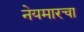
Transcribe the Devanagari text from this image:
नेयमारचा